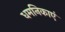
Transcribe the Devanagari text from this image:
धमनिकाएं